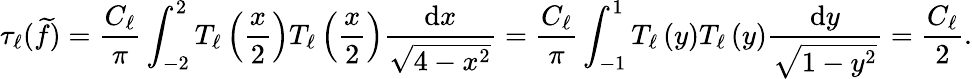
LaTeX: \tau_{\ell}(\widetilde f)=\frac{C_{\ell}}{\pi}\int_{-2}^{2}T_{\ell}\left(\frac{x}{2}\right)T_{\ell}\left(\frac{x}{2}\right)\frac{\mathrm{d}x}{\sqrt{4-x^{2}}}=\frac{C_{\ell}}{\pi}\int_{-1}^{1}T_{\ell}\left(y\right)T_{\ell}\left(y\right)\frac{\mathrm{d}y}{\sqrt{1-y^{2}}}=\frac{C_{\ell}}{2}.